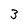
Character: 3